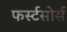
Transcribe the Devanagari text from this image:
फर्स्टसोर्स